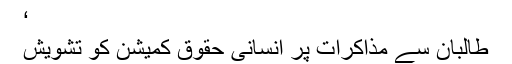
‘
طالبان سے مذاکرات پر انسانی حقوق کمیشن کو تشویش